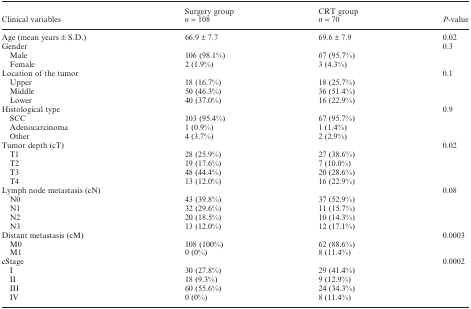
| <ROWSPAN=2> Clinical variables | Surgery group | CRT group | <ROWSPAN=2> P‐value |
 | n = 108 | n = 70 |
 | --- | --- | --- | --- |
 | Age (mean years ± S.D.) | 66.9 ± 7.7 | 69.6 ± 7.9 | 0.02 |
 | Gender |  |  | <ROWSPAN=3> 0.3 |
 | Male | 106 (98.1%) | 67 (95.7%) |
 | Female | 2 (1.9%) | 3 (4.3%) |
 | Location of the tumor |  |  | <ROWSPAN=4> 0.1 |
 | Upper | 18 (16.7%) | 18 (25.7%) |
 | Middle | 50 (46.3%) | 36 (51.4%) |
 | Lower | 40 (37.0%) | 16 (22.9%) |
 | Histological type |  |  | <ROWSPAN=4> 0.9 |
 | SCC | 103 (95.4%) | 67 (95.7%) |
 | Adenocarcinoma | 1 (0.9%) | 1 (1.4%) |
 | Other | 4 (3.7%) | 2 (2.9%) |
 | Tumor depth (cT) |  |  | <ROWSPAN=5> 0.02 |
 | T1 | 28 (25.9%) | 27 (38.6%) |
 | T2 | 19 (17.6%) | 7 (10.0%) |
 | T3 | 48 (44.4%) | 20 (28.6%) |
 | T4 | 13 (12.0%) | 16 (22.9%) |
 | Lymph node metastasis (cN) |  |  | <ROWSPAN=5> 0.08 |
 | N0 | 43 (39.8%) | 37 (52.9%) |
 | N1 | 32 (29.6%) | 11 (15.7%) |
 | N2 | 20 (18.5%) | 10 (14.3%) |
 | N3 | 13 (12.0%) | 12 (17.1%) |
 | Distant metastasis (cM) |  |  | <ROWSPAN=3> 0.0003 |
 | M0 | 108 (100%) | 62 (88.6%) |
 | M1 | 0 (0%) | 8 (11.4%) |
 | cStage |  |  | <ROWSPAN=5> 0.0002 |
 | I | 30 (27.8%) | 29 (41.4%) |
 | II | 18 (9.3%) | 9 (12.9%) |
 | III | 60 (55.6%) | 24 (34.3%) |
 | IV | 0 (0%) | 8 (11.4%) |